Civil Veterinary Department Bihar & Orissa reports 1922-29 - 1922-1929
Year: 1922
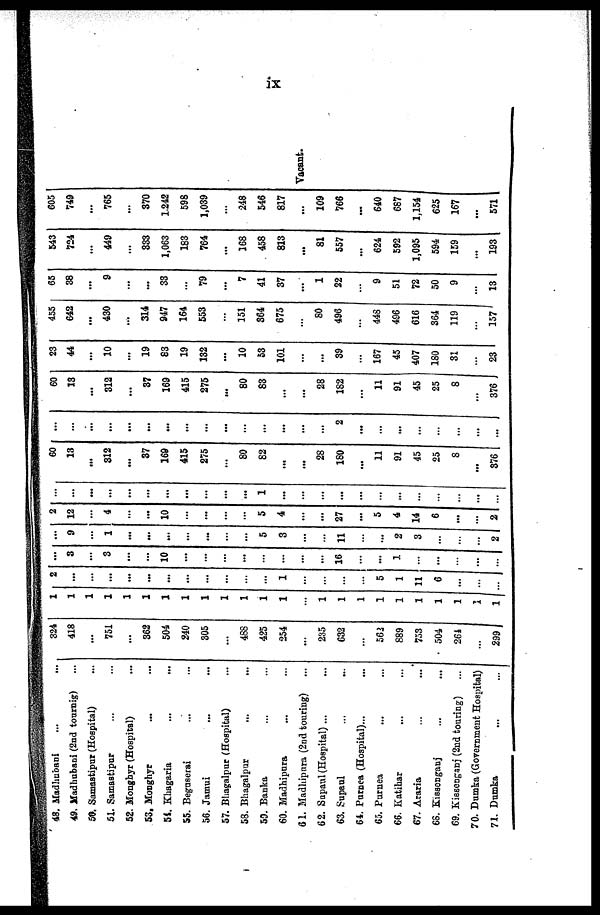
ix
48. Madhubani
49. Madhubani (2nd tournig)
50. Samastipur (Hospital)
51. Samastipur
52. Monghyr (Hospital)
53. Monghyr
51. Khagaria
...
...
55. Beguserai
56. Jamui
57. Bhagalpur (Hospital)
58. Bhagalpur
...
...
59. Banka
60. Madhipnra
61. Madhipura (2nd touring)
62. Sapaul (Hospital)...
63. Supaul
64. Purnea (Hospital)...
65. Purnea ... ...
66. Katihar ... ...
67. Araria ... ...
68. Kissenganj
...
...
69. Kissengani (2nd touring) ...
70. Dumka (Government Hospital)
71. Dumka ... ...
324
418
...
751
...
362
504
240
305
...
488
425
254
...
235
632
...
562
889
753
504
261
...
299
1
1
1
1
1
1
1
1
1
1
1
1
1
1
1
1
1
1
1
1
1
1
1
1
2
...
...
...
...
...
...
...
...
...
...
1
...
...
...
...
5
1
11
6
...
1
...
3
...
3
...
...
10
...
...
...
...
...
...
...
...
16
...
...
1
...
...
9
...
1
...
...
...
...
...
...
...
5
3
...
...
11
...
...
2
3
... ...
... ...
... 2
2
12
4
...
...
10
...
...
...
...
5
4
...
...
27
...
5
4
14
6
...
...
2
...
...
...
...
...
...
...
...
...
...
...
1
...
...
...
...
...
...
...
...
...
60
13
...
312
...
37
169
415
275
...
80
82
...
...
28
180
...
11
91
45
25
8
...
376
...
...
...
...
...
...
...
...
...
...
...
...
...
...
...
2
...
...
...
...
...
...
...
...
60
13
...
312
...
37
169
415
275
...
80
83
...
...
28
182
...
11
91
45
25
8
...
376 .
23
44
...
10
...
19
83
19
132
...
10
53
101
...
...
39
...
167
45
407
180
31
23
455
642
...
430
...
314
947
164
553
151
364
675
...
80
496
...
448
496
616
364
119
...
157'
65
38
...
9
...
...
33
...
79
...
7
41
37
...
1
22
9
51
72
50
9
...
13
543
724
...
449
...
333
1,063
183
764
...
168
458
813
...
81
557
...
624
592
1,095
594
159
...
193
605
749
...
765
...
370
1.242
598
1,039
248
546
817
...
109
766
...
640
Vacant.
687
1,154
625
167
...
571